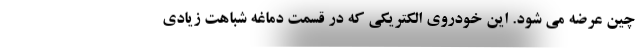
چین عرضه می شود. این خودروی الکتریکی که در قسمت دماغه شباهت زیادی